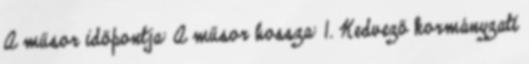
A műsor időpontja: A műsor hossza: 1. Kedvező kormányzati